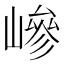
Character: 㠁